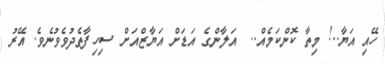
ހޭއި އަޔާ..! މިތާ ކޮންކަމެއް..  އަލާންގެ އަޑަށް އަޔާޒްއަށް ސިހިފާތެދުވެވުނެވެ. އޭރު